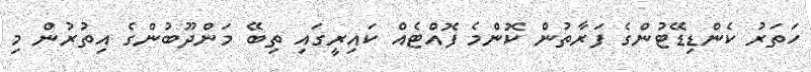
ހަތަރު ކެންޑިޑޭޓުންގެ ފަރާތުން ކޮންމެ ފޮއްޓެއް ކައިރީގައި ތިބޭ މަންދޫބުންގެ އިތުރުން މި